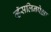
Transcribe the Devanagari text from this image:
व्हॅसलिनपेक्षा